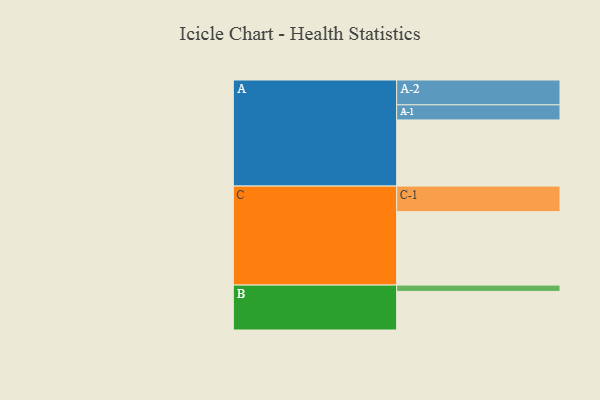
{"axis": {"x": "Segment", "y": "Value"}, "legend": ["", "A", "B", "C"], "data": [{"x": "A", "y": 533, "type": ""}, {"x": "B", "y": 311, "type": ""}, {"x": "C", "y": 592, "type": ""}, {"x": "A-1", "y": 122, "type": "A"}, {"x": "A-2", "y": 200, "type": "A"}, {"x": "B-1", "y": 51, "type": "B"}, {"x": "C-1", "y": 206, "type": "C"}]}